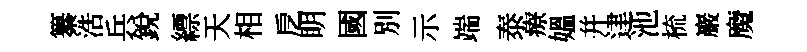
纂浩兵銳縹天相戹眀國別示端泰療媪并䢖池梳巖魔